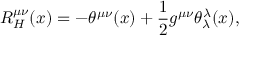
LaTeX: R _ { H } ^ { \mu \nu } ( x ) = - \theta ^ { \mu \nu } ( x ) + \frac { 1 } { 2 } g ^ { \mu \nu } \theta _ { \lambda } ^ { \lambda } ( x ) ,